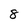
Character: 8